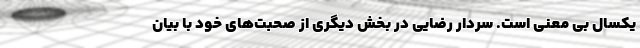
یکسال بی معنی است. سردار رضایی در بخش دیگری از صحبت‌های خود با بیان